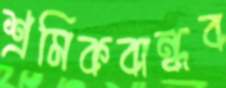
শ্রমিকবান্ধব